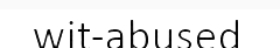
wit-abused